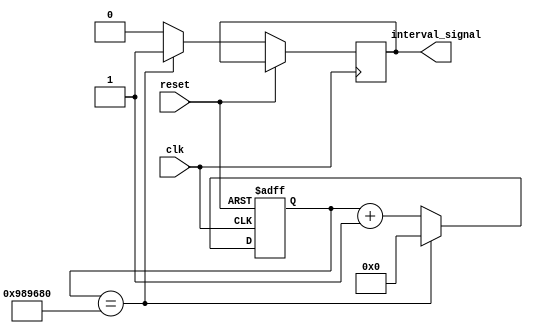
module IntervalTimer(
    input wire clk,
    input wire reset,
    output reg interval_signal
);

reg [31:0] counter;

// Timing control block
always @(posedge clk or posedge reset) begin
    if (reset) begin
        counter <= 0;
    end else begin
        if (counter == 10000000) begin // Adjust value for desired interval
            counter <= 0;
            interval_signal <= 1'b1;
        end else begin
            counter <= counter + 1;
            interval_signal <= 1'b0;
        end
    end
end

endmodule